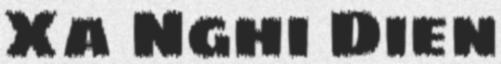
Xa Nghi Dien